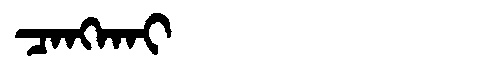
Manchu: ᠴᠠᠩᡴᠠᡳ
Romanization: CANGKAI